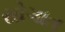
સોગાત